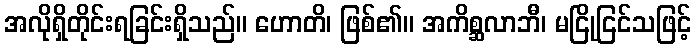
အလိုရှိတိုင်းရခြင်းရှိသည်။ ဟောတိ၊ ဖြစ်၏။ အကိစ္ဆလာဘီ၊ မငြိုငြင်သဖြင့်